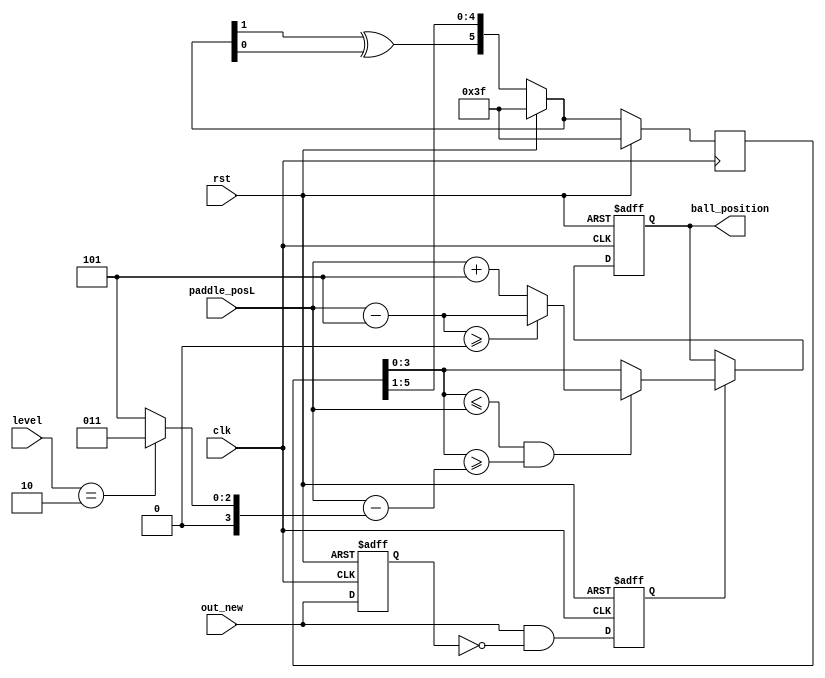
`timescale 1ns / 1ps
module random_num(ball_position, out_new, paddle_posL, level, clk, rst);
    output reg [3:0] ball_position;
    input [3:0] paddle_posL;
    input [1:0] level;
    input out_new, clk, rst;

    reg feedback;
    reg [5:0] random, random_next;
    reg [3:0] ball_position_next;
    reg [3:0] width;
    
    always @(*) begin
        feedback = random_next[1] ^ random_next[0];
    end
    always @(posedge clk) begin
        if (rst) begin
            random <= 6'b111111;
        end
        else begin
            random <= random_next;
        end
    end

    //LFSR
    always @(* ) begin
        if (rst) begin
            random_next = 6'b111111;
        end
        else begin
            random_next = {{feedback}, {random[5:1]}};
        end
    end
    
    //debounce out_new
    reg debounced_delay, one_pulse_new;
    always @(posedge clk or posedge rst) begin
        if (rst) begin
            debounced_delay <= 1'b0;
        end
        else begin
            debounced_delay <= out_new;
        end
    end
    wire out_pulse_next;
    assign out_pulse_next = out_new & (~debounced_delay);
    always @(posedge clk or posedge rst) begin
        if (rst) begin
            one_pulse_new <= 1'b0;
        end
        else begin
            one_pulse_new <= out_pulse_next;
        end
    end

    //ball_oposition value assignment
    always @(posedge clk or posedge rst) begin
        if (rst) begin
            ball_position <= 4'd0;
        end
        else begin
            ball_position <= ball_position_next;
        end
    end
    always @(*) begin
        case(level)
            2'b01: width = 4'd5;
            2'b10: width = 4'd3;
            default: width = 4'd5;
        endcase
    end
    always @(*) begin
        if (one_pulse_new) begin
            if ((random[3:0] <= paddle_posL) && (random[3:0] >= paddle_posL-width)) begin
                if (paddle_posL - 4'd5 >= 4'd0) ball_position_next = paddle_posL - 4'd5;
                else ball_position_next = paddle_posL + 4'd5;
            end
            else begin
                ball_position_next = random[3:0];
            end
        end
        else begin
            ball_position_next = ball_position;
        end
    end
endmodule